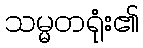
သမ္မတရုံး၏